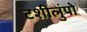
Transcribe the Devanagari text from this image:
टशीलुंपो